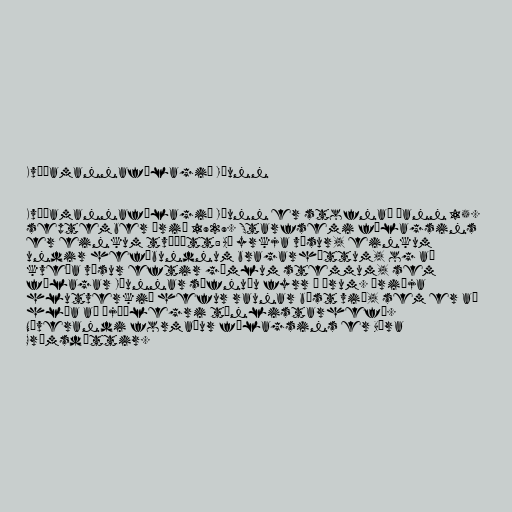
Kvæðamannafélagið Iðunn

Kvæðamannafélagið Iðunn er stofnað þann 15.
september árið 1929. Starfsemi félagsins
er einkum tvíþætt: Að yrkja vísur, einkum
undir hefðbundnum bragarháttum, og að
kveða vísur eftir gömlum stemmum, sem
félagar Iðunnar söfnuðu fyrr á árum. Þriðja
hlutverkið hefur raunar bæst við, sem er að
hlúa að þjóðlegri tónlistarhefð.
Núverandi formaður félagsins er Bára
Grímsdóttir.